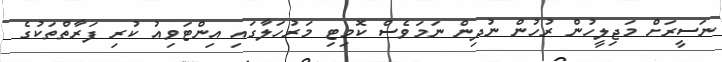
ނަސީރަށް މަޖިލީހުން ރުހުން ނުދިން ނަމަވެސް ކޮމިޓި މަރުހަލާގައި އިންޓަވިއު ކުރި ފަރާތްތަކުގެ